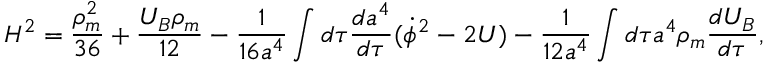
H ^ { 2 } = \frac { \rho _ { m } ^ { 2 } } { 3 6 } + \frac { U _ { B } \rho _ { m } } { 1 2 } - \frac { 1 } { 1 6 a ^ { 4 } } \int d \tau \frac { d a ^ { 4 } } { d \tau } ( \dot { \phi } ^ { 2 } - 2 U ) - \frac { 1 } { 1 2 a ^ { 4 } } \int d \tau a ^ { 4 } \rho _ { m } \frac { d U _ { B } } { d \tau } ,